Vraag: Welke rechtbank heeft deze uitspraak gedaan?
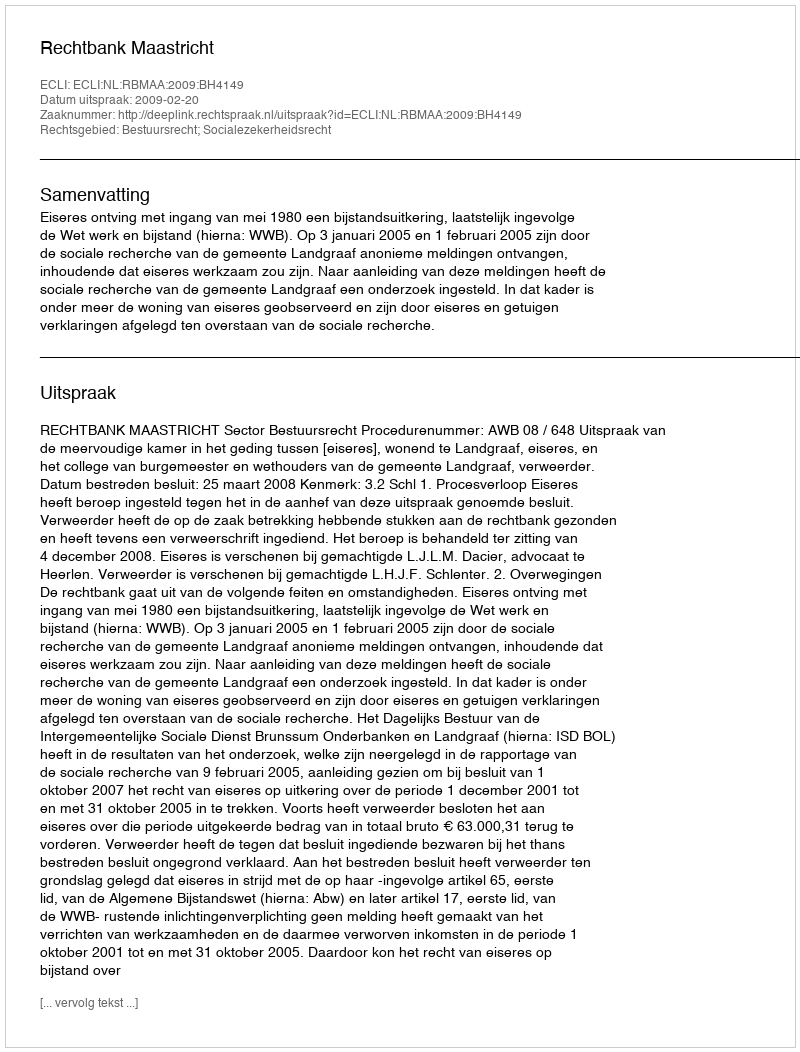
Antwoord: Rechtbank Maastricht